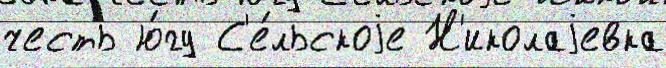
честь ю́гу С'е́льскоjе Н'иколаjевка